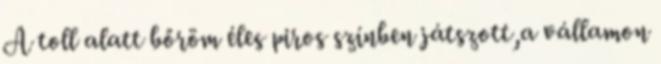
A toll alatt bőröm éles piros színben játszott,a vállamon